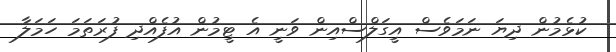
ކުޅެމުން ދިޔަ ނަމަވެސް އީގަލްސްއިން ވަނީ އެ ޓީމުން އުފެއްދި ފުރަތަމަ ހަމަލާ